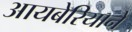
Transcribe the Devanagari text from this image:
आयबेरियाने